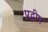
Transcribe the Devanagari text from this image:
प्रद्वीप